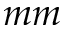
m m